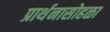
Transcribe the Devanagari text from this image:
प्रार्थनासोहळा